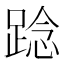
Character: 踗